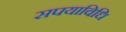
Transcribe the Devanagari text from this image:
सपयाविधि